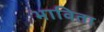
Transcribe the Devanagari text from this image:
भाविता